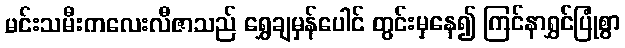
မင်းသမီးကလေးလီဇာသည် ရွှေချမှန်ပေါင် တွင်းမှနေ၍ ကြင်နာရွှင်ပြုံစွာ